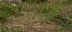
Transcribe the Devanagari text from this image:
बोटांद्वारे